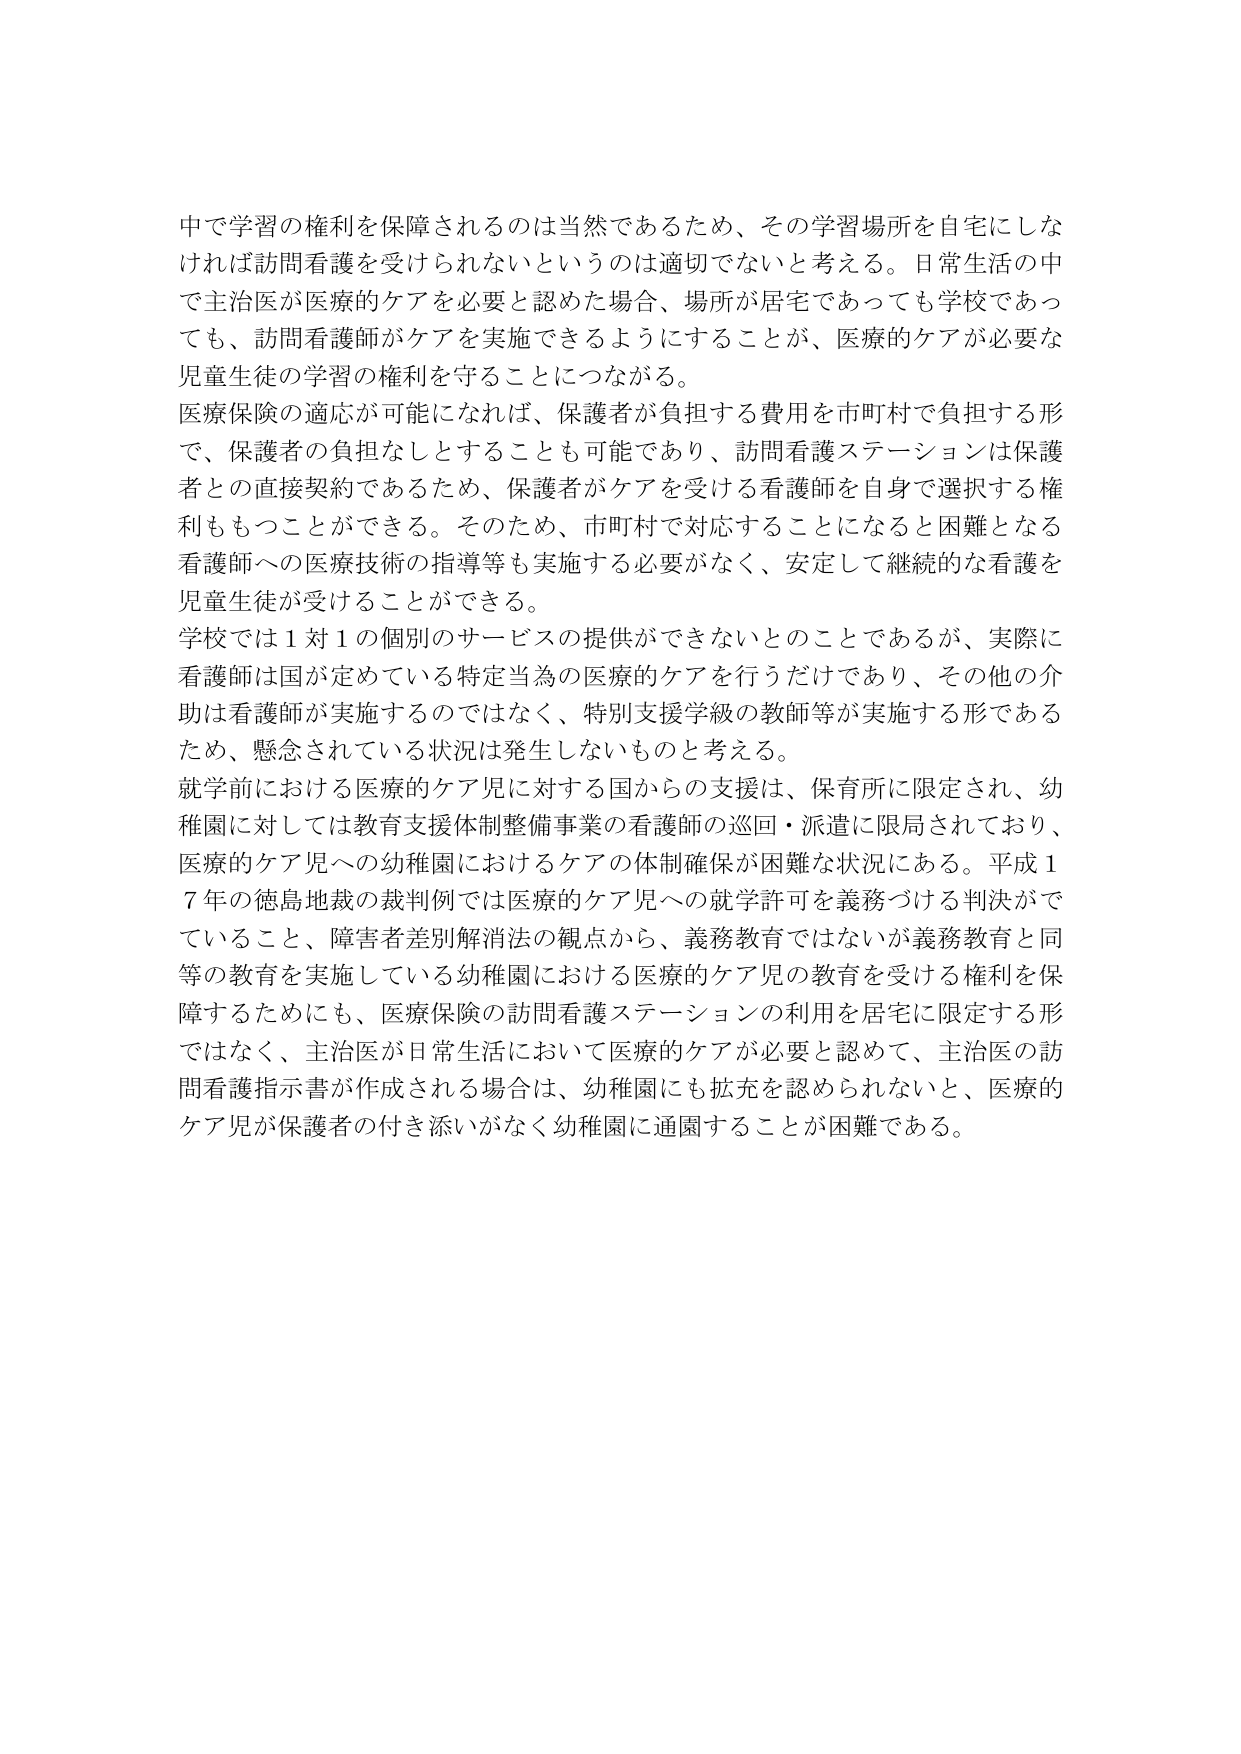
中で学習の権利を保障されるのは当然であるため、その学習場所を自宅にしなければ訪問看護を受けられないというのは適切でないと考える。日常生活の中で主治医が医療的ケアを必要と認めた場合、場所が居宅であっても学校であっても、訪問看護師がケアを実施できるようにすることが、医療的ケアが必要な児童生徒の学習の権利を守ることにつながる。

医療保険の適応が可能になれば、保護者が負担する費用を市町村で負担する形で、保護者の負担なしとすることも可能であり、訪問看護ステーションは保護者との直接契約であるため、保護者がケアを受ける看護師を自身で選択する権利ももつことができる。そのため、市町村で対応することになると困難となる看護師への医療技術の指導等も実施する必要がなく、安定して継続的な看護を児童生徒が受けることができる。

学校では1対1の個別のサービスの提供ができないとのことであるが、実際に看護師は国が定めている特定当為の医療的ケアを行うだけであり、その他の介助は看護師が実施するのではなく、特別支援学級の教師等が実施する形であるため、懸念されている状況は発生しないものと考える。

就学前における医療的ケア児に対する国からの支援は、保育所に限定され、幼稚園に対しては教育支援体制整備事業の看護師の巡回・派遣に限局されており、医療的ケア児への幼稚園におけるケアの体制確保が困難な状況にある。平成17年の徳島地裁の裁判例では医療的ケア児への就学許可を義務づける判決ができていること、障害者差別解消法の観点から、義務教育ではないが義務教育と同等の教育を実施している幼稚園における医療的ケア児の教育を受ける権利を保障するためにも、医療保険の訪問看護ステーションの利用を居宅に限定する形ではなく、主治医が日常生活において医療的ケアが必要と認めて、主治医の訪問看護指示書が作成される場合は、幼稚園にも拡充を認められないと、医療的ケア児が保護者の付き添いがなく幼稚園に通園することが困難である。